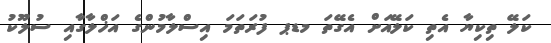
ކަލޭ ތިކިޔާ އެތި ކަލޭއަށް އެގޭތަ މޑޕ ފުރަތަމަ އިސްލާމުންގެ އަޚްލާގާއި ސުލޫކު